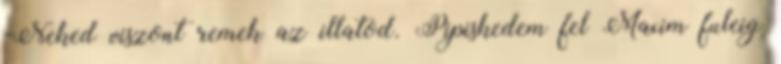
-Neked viszont remek az illatod. Pipiskedem fel Maxim fuleig